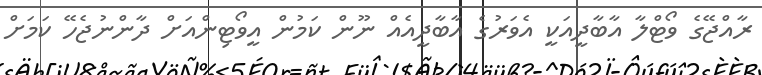
ރާއްޖޭގެ ވޯޓްލާ އާބާދީއަކީ އެވަރުގެ އާބާދީއެއް ނޫން ކަމުން އީވޯޓިންއަށް ދާންނުޖެހޭ ކަމަށް